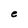
Character: e